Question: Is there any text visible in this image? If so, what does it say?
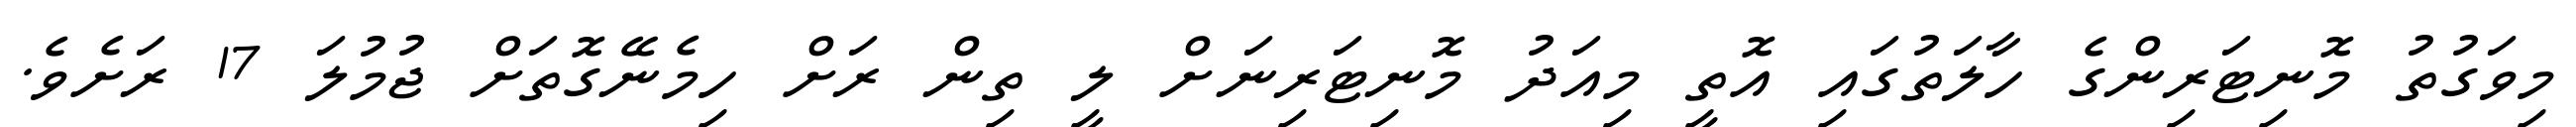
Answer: މިވަގުތު މޮނިޓަރިންގެ ހާލަތުގައި އޮތީ މިއަދު މޮނިޓަރިނަށް ލީ ތިން ރަށް ހިމެނޭގޮތަށް ޖުމުލަ 17 ރަށެވެ.